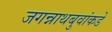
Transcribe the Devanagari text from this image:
जगन्नाथबुवांकडे